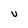
Character: U